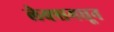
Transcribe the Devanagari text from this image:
लेक्समधून